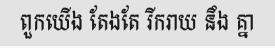
ពួកយើង តែងតែ រីករាយ នឹង គ្នា